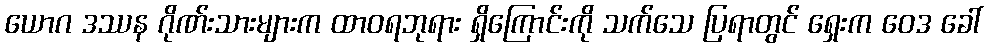
ယောဂ ဒဿန ဂိုဏ်းသားများက ထာဝရဘုရား ရှိကြောင်းကို သက်သေ ပြရာတွင် ရှေးက ဝေဒ ခေါ်